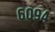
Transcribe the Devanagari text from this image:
६०९४